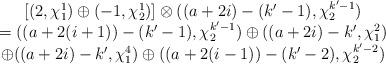
LaTeX: \begin{align*}\begin{array}{c}[(2,\chi_{1}^{1}) \oplus (-1,\chi_{2}^{1})]\otimes ((a+2i)-(k'-1),\chi_2^{k'-1})\\=((a+2(i+1))-(k'-1),\chi_2^{k'-1}) \oplus ((a+2i)-k',\chi_1^{2}) \\ \oplus((a+2i)-k',\chi_1^{4}) \oplus ((a+2(i-1))-(k'-2),\chi_2^{k'-2})\end{array}\end{align*}